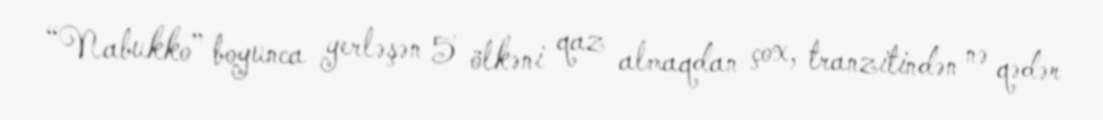
“Nabukko” boyunca yerləşən 5 ölkəni qaz almaqdan çox, tranzitindən nə qədər